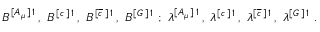
B ^ { [ A _ { \mu } \, ] \, 1 } \, , \, \, B ^ { [ c \, ] \, 1 } \, , \, \, B ^ { [ \overline { { c } } \, ] \, 1 } \, , \, \, B ^ { [ G \, ] \, 1 } \, \, ; \, \, \lambda ^ { [ A _ { \mu } \, ] \, 1 } \, , \, \, \lambda ^ { [ c \, ] \, 1 } \, , \, \, \lambda ^ { [ \overline { { c } } \, ] \, 1 } \, , \, \, \lambda ^ { [ G \, ] \, 1 } \, \, . \nonumber